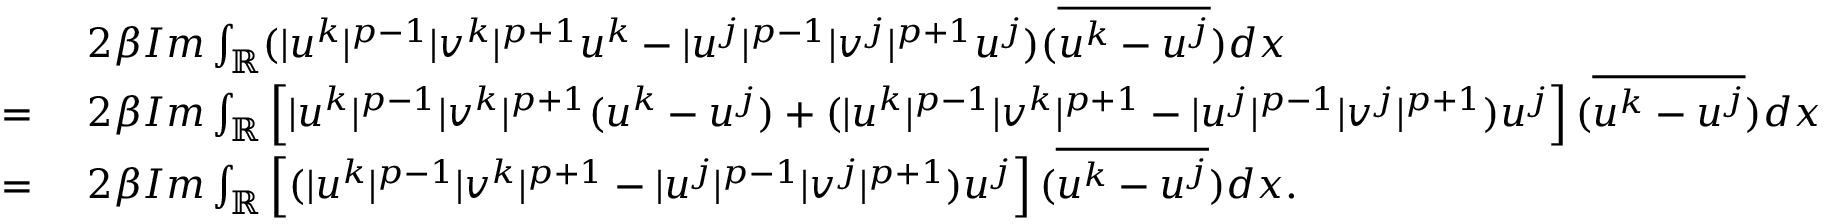
\begin{array} { r l } & { 2 \beta I m \int _ { \mathbb { R } } ( | u ^ { k } | ^ { p - 1 } | v ^ { k } | ^ { p + 1 } u ^ { k } - | u ^ { j } | ^ { p - 1 } | v ^ { j } | ^ { p + 1 } u ^ { j } ) ( \overline { { u ^ { k } - u ^ { j } } } ) d x } \\ { = \ } & { 2 \beta I m \int _ { \mathbb { R } } \left[ | u ^ { k } | ^ { p - 1 } | v ^ { k } | ^ { p + 1 } ( u ^ { k } - u ^ { j } ) + ( | u ^ { k } | ^ { p - 1 } | v ^ { k } | ^ { p + 1 } - | u ^ { j } | ^ { p - 1 } | v ^ { j } | ^ { p + 1 } ) u ^ { j } \right] ( \overline { { u ^ { k } - u ^ { j } } } ) d x } \\ { = \ } & { 2 \beta I m \int _ { \mathbb { R } } \left[ ( | u ^ { k } | ^ { p - 1 } | v ^ { k } | ^ { p + 1 } - | u ^ { j } | ^ { p - 1 } | v ^ { j } | ^ { p + 1 } ) u ^ { j } \right] ( \overline { { u ^ { k } - u ^ { j } } } ) d x . } \end{array}